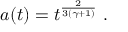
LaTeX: a ( t ) = t ^ { \frac { 2 } { 3 ( \gamma + 1 ) } } \ .